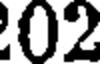
02